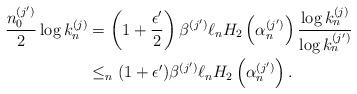
LaTeX: \begin{align*} \frac{n_0^{(j')}}{2} \log k_n^{(j)} & = \left(1+\frac{\epsilon'}{2}\right) \beta^{(j')} \ell_n H_2 \left( \alpha_n^{(j')} \right) \frac{\log k_n^{(j)}} {\log k_n^{(j')}} \\ &\leq_n (1+\epsilon') \beta^{(j')} \ell_n H_2 \left( \alpha_n^{(j')} \right) .\end{align*}